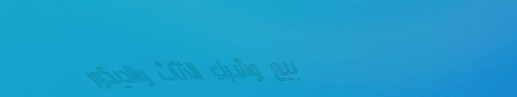
بيع وشراء الأثاث والديكور